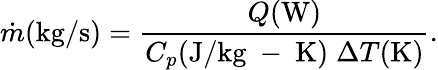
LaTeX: \dot{m}(\mathrm{kg/s})=\frac{Q(\mathrm{W})}{C_{p}(\mathrm{J/kg}\mathrm{~-~}\mathrm{K})\; \Delta T(\mathrm{K})}.